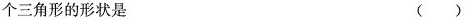
个三角形的形状是（）